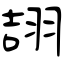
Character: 翓